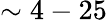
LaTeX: \sim 4-25